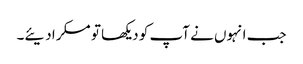
جب انہوں نے آپ کو دیکھا تو مسکرا دیئے۔